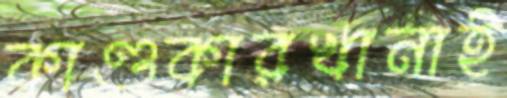
কাণ্ডকারখানাই